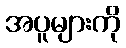
အပူများကို